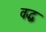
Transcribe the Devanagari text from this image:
वद्ध